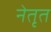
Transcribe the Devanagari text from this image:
नेतृत